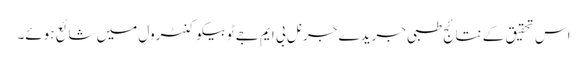
اس تحقیق کے نتائج طبی جریدے جرنل بی ایم جے ٹوبیکو کنٹرول میں شائع ہوئے۔